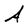
Character: A